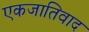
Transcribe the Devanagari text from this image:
एकजातिवाद